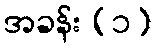
အခန်း (၁)